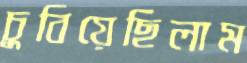
চুবিয়েছিলাম